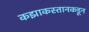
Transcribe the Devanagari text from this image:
कझाकस्तानकडून